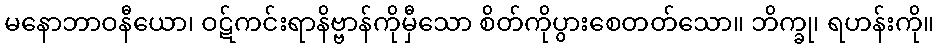
မနောဘာဝနီယော၊ ဝဋ်ကင်းရာနိဗ္ဗာန်ကိုမှီသော စိတ်ကိုပွားစေတတ်သော။ ဘိက္ခု၊ ရဟန်းကို။